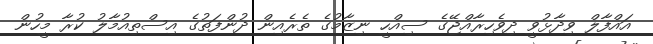
އައްފާލް ވިދާޅުވީ ދިވެހިރާއްޖޭގެ ސިއްހީ ނިޒާމުގެ ތެރެއިން ދުންފަތުގެ އިސްތިއުމާލު ކުރާ މީހުން